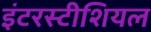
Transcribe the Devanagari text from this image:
इंटरस्टीशियल